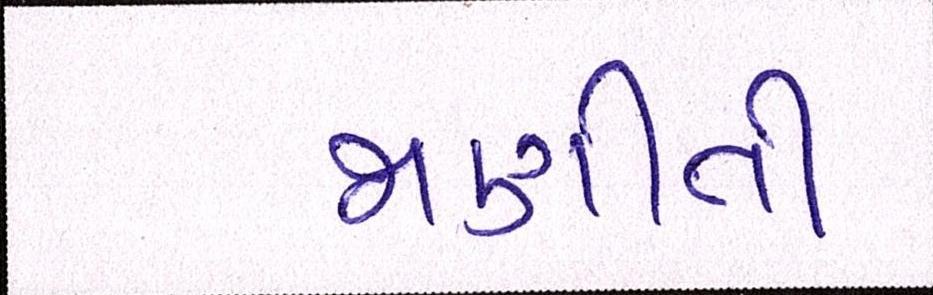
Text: જાણીતી